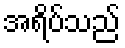
အရိပ်သည်